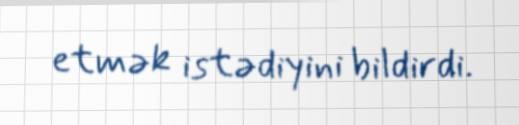
etmək istədiyini bildirdi.